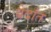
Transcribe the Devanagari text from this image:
बेदांत